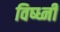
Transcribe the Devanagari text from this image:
विष्ध्नी